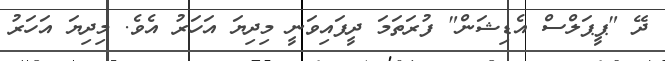
ދޭ "ޕީޕަލްސް އެޑިޝަން" ފުރަތަމަ ދީފައިވަނީ މިދިޔަ އަހަރު އެވެ. މިދިޔަ އަހަރު